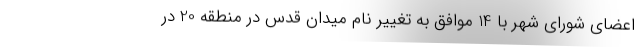
اعضای شورای شهر با 14 موافق به تغییر نام میدان قدس در منطقه 20 در